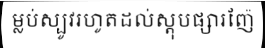
ម្លប់ស្បូវរហូតដល់ស្តុបផ្សារញ៉ែ